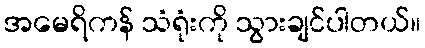
အမေရိကန် သံရုံးကို သွားချင်ပါတယ်။